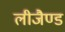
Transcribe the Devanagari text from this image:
लीजैण्ड